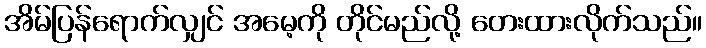
အိမ်ပြန်ရောက်လျှင် အမေ့ကို တိုင်မည်လို့ တေးထားလိုက်သည်။